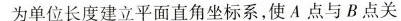
为单位长度建立平面直角坐标系，使A点与B点关